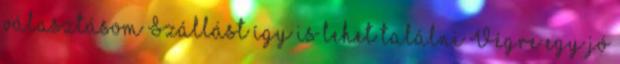
választásom Szállást így is lehet találni Végre egy jó